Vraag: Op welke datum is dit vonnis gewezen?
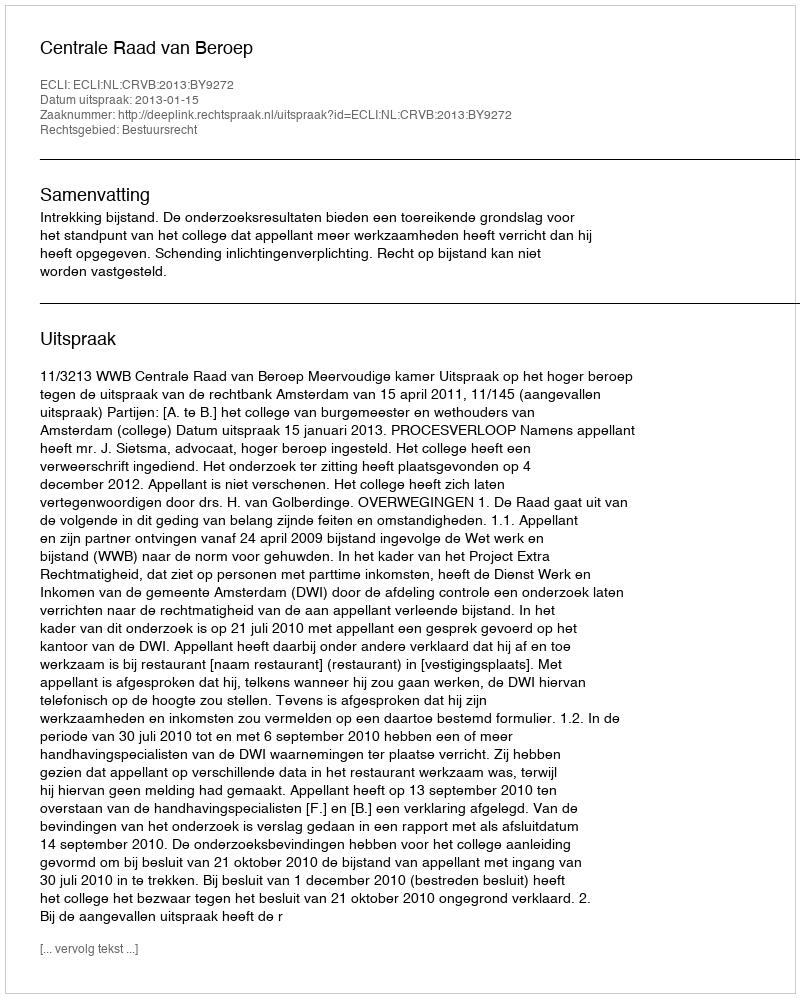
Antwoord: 2013-01-15